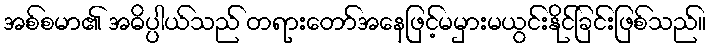
အစ်စမာ၏ အဓိပ္ပါယ်သည် တရားတော်အနေဖြင့်မမှားမယွင်းနိုင်ခြင်းဖြစ်သည်။